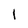
Character: 1